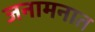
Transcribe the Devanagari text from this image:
जनामनात